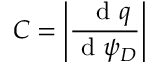
C = \left| \frac { \ \mathrm { ~ d ~ } q } { \mathrm { ~ d ~ } \psi _ { D } } \right|